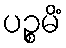
ပဉ္စမိံ